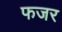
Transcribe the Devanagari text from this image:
फजर